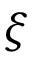
\xi